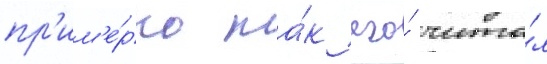
пр'им'е́рно та́к его́ чита́л